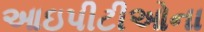
આઇપીટીઓના